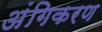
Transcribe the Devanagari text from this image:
अंगिकरण